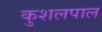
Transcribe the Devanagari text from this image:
कुशलपाल